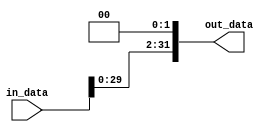
module shift_left_twice #(parameter WIDTH = 32)
(

input	wire		[WIDTH-1:0]		in_data,

output	wire		[WIDTH-1:0]		out_data
);

assign out_data = (in_data<<2);

endmodule